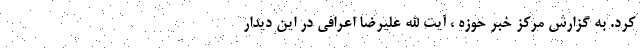
کرد. به گزارش مرکز خبر حوزه ، آیت الله علیرضا اعرافی در این دیدار